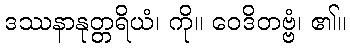
ဒဿနာနုတ္တရိယံ၊ ကို။ ဝေဒိတဗ္ဗံ၊ ၏။